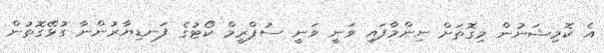
އެ ކޮމިޝަނުން މިގޮތަށް ނިންމާފައި ވަނީ ވަނީ ސުޕްރީމް ކޯޓުގެ ފަނޑިޔާރުންނާ ގުޅޭގޮތުން